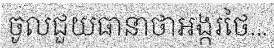
ចូលជួយធានាថាអង្ករថៃ...